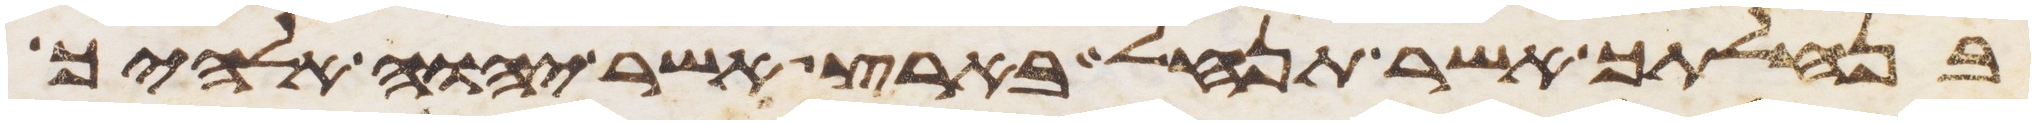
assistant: בנחלתך אשר תנחל בארץ אשר יהוה אלהיך